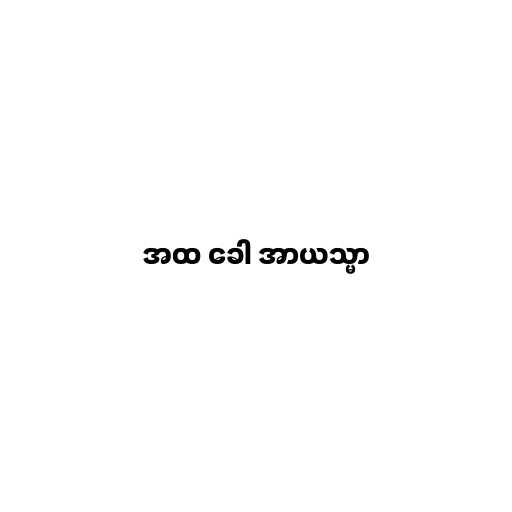
အထ ခေါ အာယသ္မာ